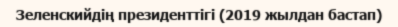
Зеленскийдің президенттігі (2019 жылдан бастап)